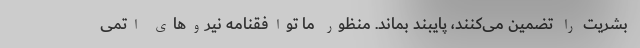
بشریت را تضمین می‌کنند، پایبند بماند. منظور ما توافقنامه نیروهای اتمی